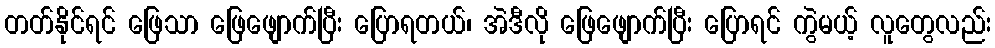
တတ်နိုင်ရင် ဖြေသာ ဖြေဖျောက်ပြီး ပြောရတယ်၊ အဲဒီလို ဖြေဖျောက်ပြီး ပြောရင် ကွဲမယ့် လူတွေလည်း